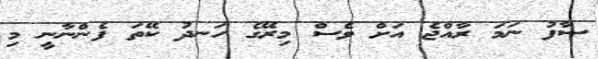
ސާފު ނަމަ ރާއްޖެ އަށް ވެސް މިރޭގެ ހަނދު ކޭތަ ފެންނާނީ މި